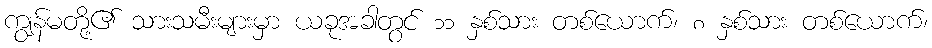
ကျွန်မတို့၏ သားသမီးများမှာ ယခုအခါတွင် ၁၁ နှစ်သား တစ်ယောက်၊ ၈ နှစ်သား တစ်ယောက်၊